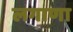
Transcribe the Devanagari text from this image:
लगाणा